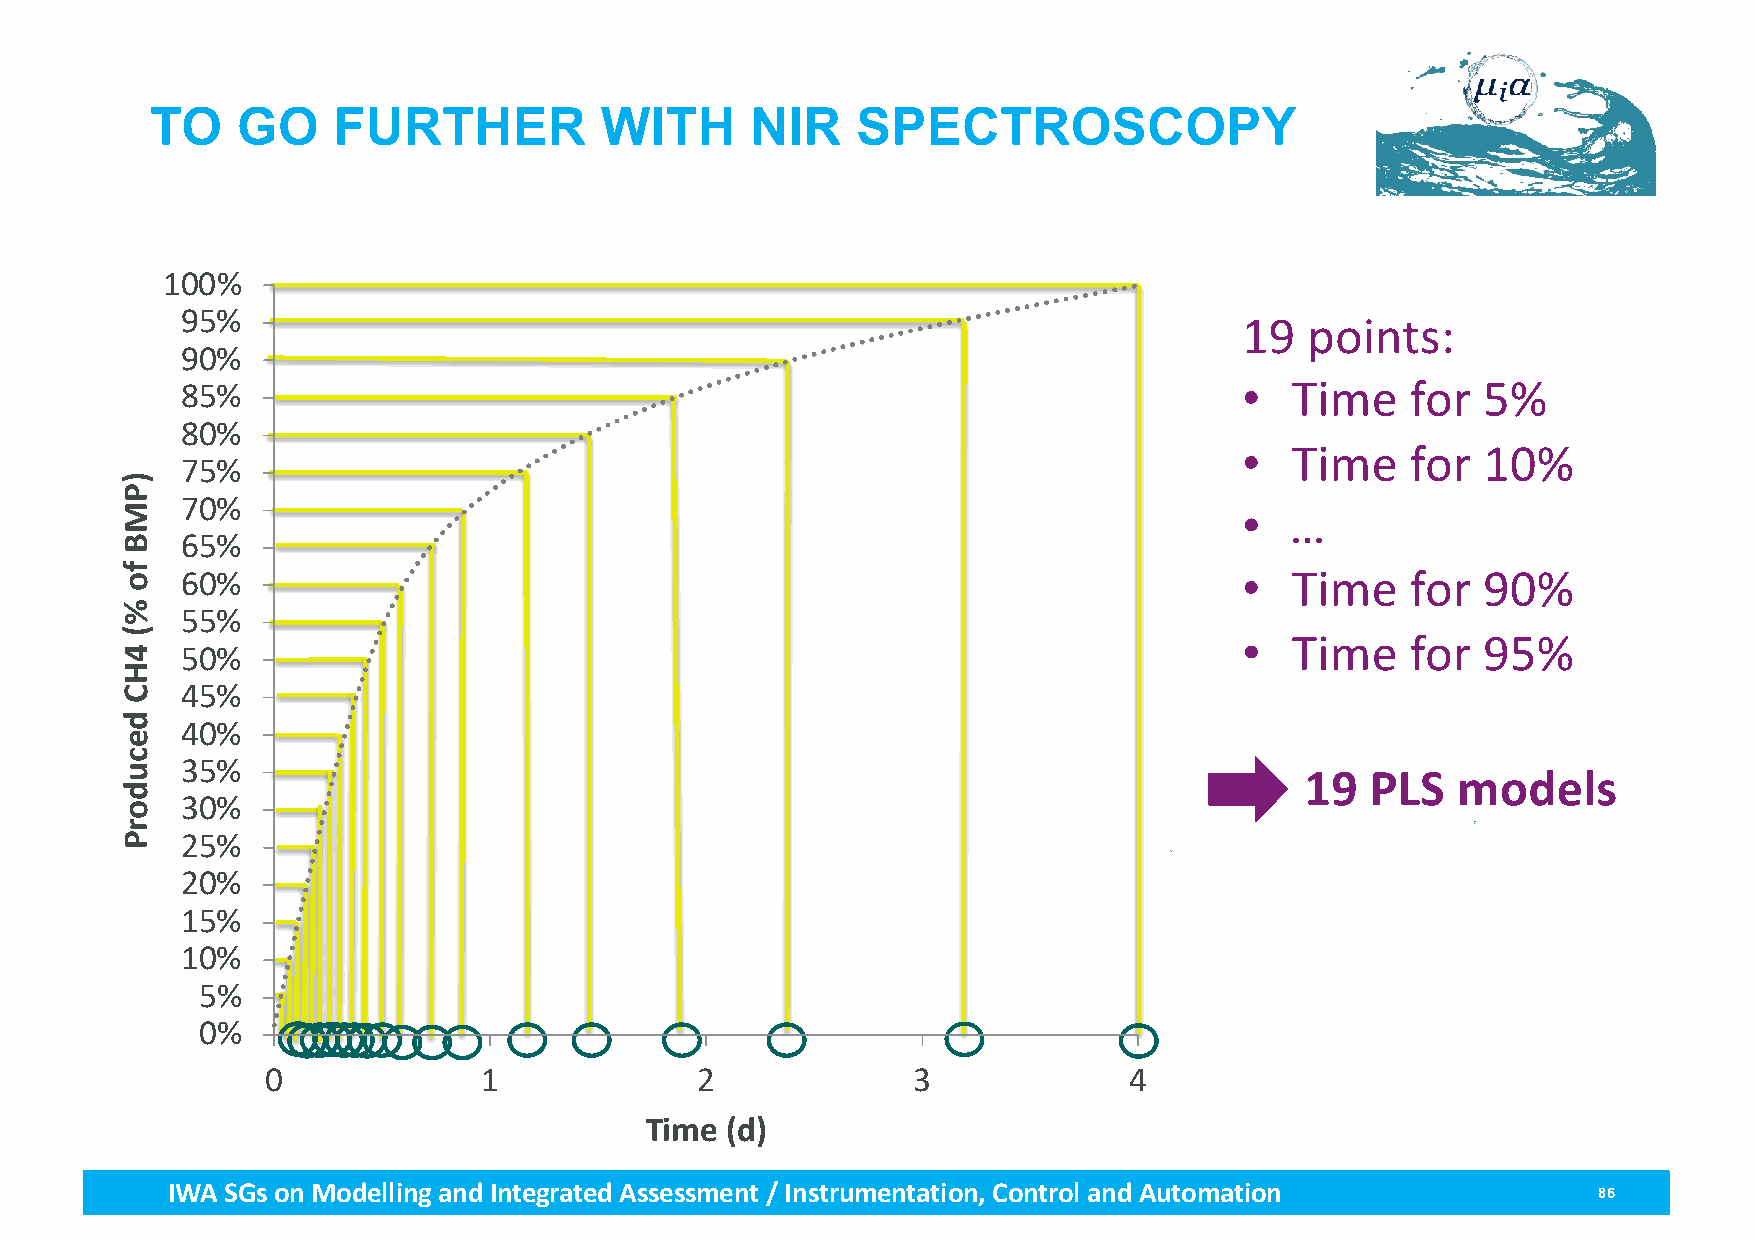
TO    GO    FURTHER           WITH      NIR    SPECTROSCOPY
 100%
 95%
 19   points:
 90%
 85%                                                                   •  Time    for  5%
 80%
 •  Time    for  10%
 75%
 70%
 •  …
 65%
 60%                                                                   •  Time    for  90%
 55%
 •  Time    for  95%
 50%
 45%
 40%
 35%
 19   PLS  models
 30%
 25%
 20%
 15%
 10%
 5%
 0%
 0             1             2             3              4
 Time (d)
 IWA SGs on Modellingand Integrated Assessment / Instrumentation, Control and Automation        86
 )PMB
 fo
 %(
 4HC
 decudorP